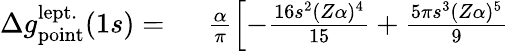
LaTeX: \begin{array}{rl}{\Delta{g}_{\mathrm{point}}^{\mathrm{lept.}}(1s)=\ }&{{}\frac{\alpha}{\pi}\left[-\frac{16s^{2}(Z\alpha)^{4}}{15}+\frac{5\pi s^{3}(Z\alpha)^{5}}{9}\right.}\end{array}